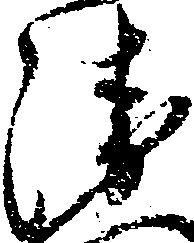
衛